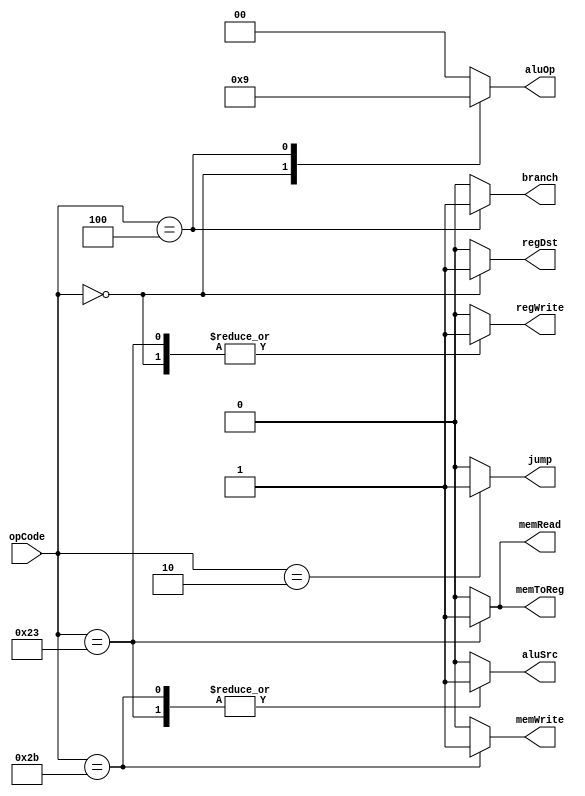
`timescale 1ns / 1ps
//////////////////////////////////////////////////////////////////////////////////
// Company: 
// Engineer: 
// 
// Design Name: 
// Module Name: Ctr
// Project Name: 
// Target Devices: 
// Tool Versions: 
// Description: 
// 
// Dependencies: 
// 
// Revision:
// Revision 0.01 - File Created
// Additional Comments:
// 
//////////////////////////////////////////////////////////////////////////////////


module Ctr(
    input [5:0] opCode,
    output regDst,
    output aluSrc,
    output memToReg,
    output regWrite,
    output memRead,
    output memWrite,
    output branch,
    output [1:0] aluOp,
    output jump
    );

    reg RegDst;
    reg ALUSrc;
    reg MemToReg;
    reg RegWrite;
    reg MemRead;
    reg MemWrite;
    reg Branch;
    reg [1:0] ALUOp;
    reg Jump;

    always @(opCode)
    begin
        case(opCode)
        6'b000000: //R type
        begin
            RegDst = 1;
            ALUSrc = 0;
            MemToReg = 0;
            RegWrite = 1;
            MemRead = 0;
            MemWrite = 0;
            Branch = 0;
            ALUOp = 2'b10;
            Jump = 0;
        end
        6'b100011: //lw
        begin
            RegDst = 0;
            ALUSrc = 1;
            MemToReg = 1;
            RegWrite = 1;
            MemRead = 1;
            MemWrite = 0;
            Branch = 0;
            ALUOp = 2'b00;
            Jump = 0;
        end
        6'b101011: //sw
        begin
            RegDst = 0;
            ALUSrc = 1;
            MemToReg = 0; 
            RegWrite = 0;
            MemRead = 0;
            MemWrite = 1;
            Branch = 0;
            ALUOp = 2'b00;
            Jump = 0;
        end
        6'b000100: //beq
        begin
            RegDst = 0; 
            ALUSrc = 0;
            MemToReg = 0;
            RegWrite = 0;
            MemRead = 0;
            MemWrite = 0;
            Branch = 1;
            ALUOp = 2'b01;
            Jump = 0;
        end
        6'b000010: //j
        begin
            RegDst = 0;
            ALUSrc = 0;
            MemToReg = 0;
            RegWrite = 0;
            MemRead = 0;
            MemWrite = 0;
            Branch = 0;
            ALUOp = 2'b00;
            Jump = 1;
        end
        default:
        begin
            RegDst = 0;
            ALUSrc = 0;
            MemToReg = 0;
            RegWrite = 0;
            MemRead = 0;
            MemWrite = 0;
            Branch = 0;
            ALUOp = 2'b00;
            Jump = 0;
        end
        endcase
    end

    assign regDst = RegDst;
    assign aluSrc = ALUSrc;
    assign memToReg = MemToReg;
    assign regWrite = RegWrite;
    assign memRead = MemRead;
    assign memWrite = MemWrite;
    assign branch = Branch;
    assign aluOp = ALUOp;
    assign jump = Jump;
endmodule